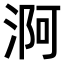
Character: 𣶰